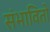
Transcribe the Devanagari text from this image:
संभावितो